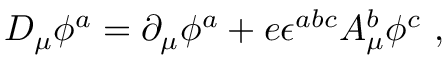
D _ { \mu } \phi ^ { a } = \partial _ { \mu } \phi ^ { a } + e \epsilon ^ { a b c } A _ { \mu } ^ { b } \phi ^ { c } \ ,